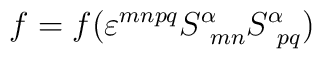
f=f(\varepsilon ^{mnpq} S^{\alpha}_{\  mn}S^{\alpha}_{\  pq})